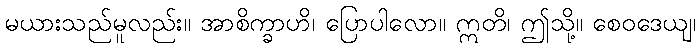
မယားသည်မူလည်း။ အာစိက္ခာဟိ၊ ပြောပါလော။ ဣတိ၊ ဤသို့။ စေဝဒေယျ၊